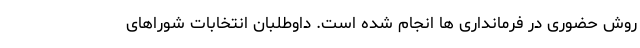
روش حضوری در فرمانداری ها انجام شده است. داوطلبان انتخابات شوراهای